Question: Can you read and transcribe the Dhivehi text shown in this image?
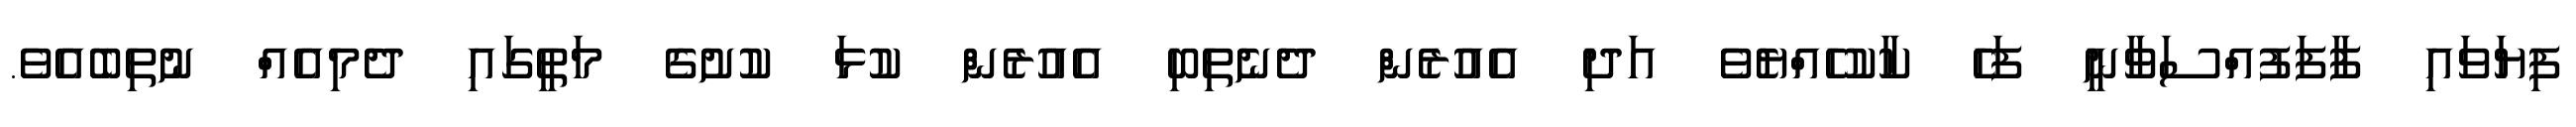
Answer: ފިޔަވައި ފާފަފުއްސަވާނީ ފަހެ ކާކުހެއްޔެވެ އަދި އެއުރެން ދެނެތިބި އެއުރެން ކުޅަ ކުށުގެ މަތީގައި ދެމިއެއް ނުތިބެއެވެ.